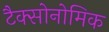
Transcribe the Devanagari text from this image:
टैक्सोनोमिक